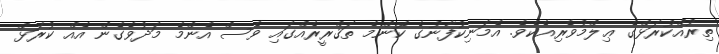
ތިިރުއްކުރަޅްގެ ޢިލްމުވެރިއެކެވެ. އެމަނިކުފާނުގެ ކޮންމެ ތަޤްރީރެއްގައި ވެސް އެންމެ މަދުވެގެން އެއް ކުރަޅް